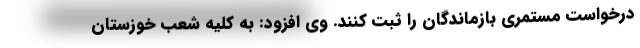
درخواست مستمری بازماندگان را ثبت کنند. وی افزود: به کلیه شعب خوزستان